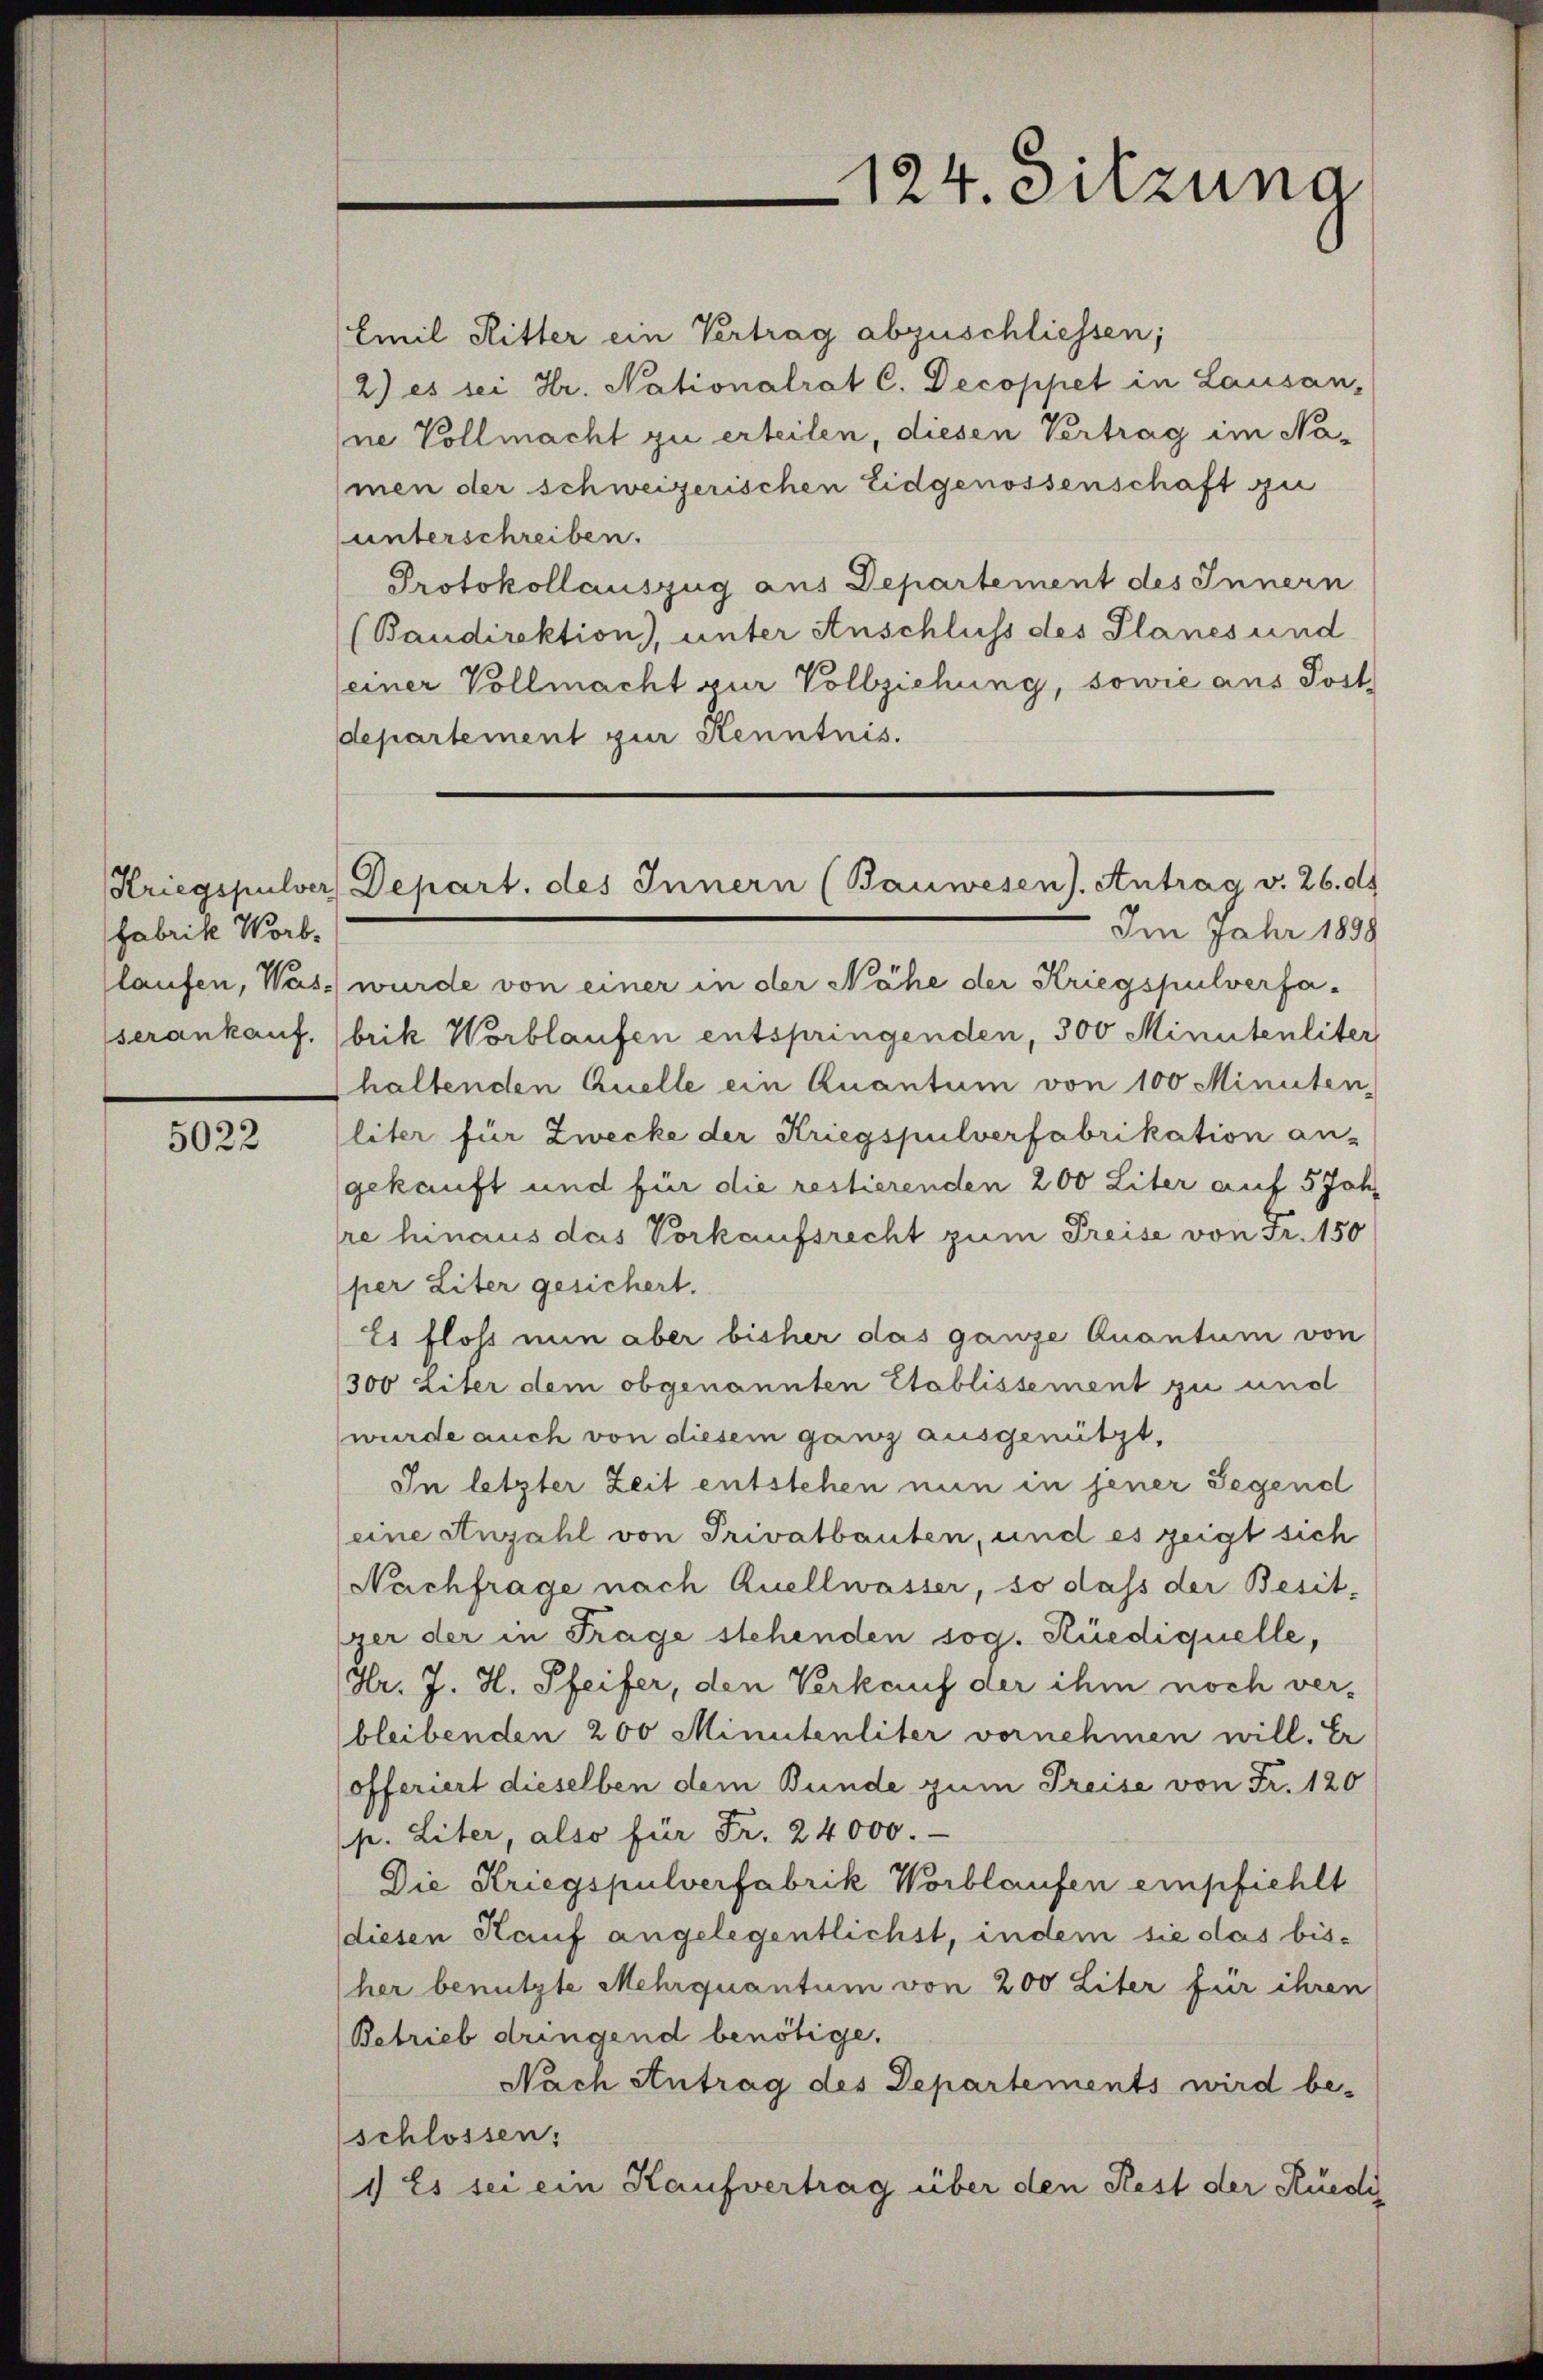
Fabrik Worb.

5022

Emil Ritter ein Vertrag abzuschliessen;
2) es sei Hr. Nationalrat C. Decoppet in Lausan-
ne Vollmacht zu erteilen, diesen Vertrag im Na-
men der schweizerischen Eidgenossenschaft zu
unterschreiben.
Protokollauszug aus Departement des Innern
(Baudirektion), unter Anschluss des Planes und
seiner Vollmacht zur Vollziehung, sowie aus Post
departement zur Kenntnis.
Im Jahr 1858
laufen, Was wurde von einer in der Nähe der Kriegspulverfa-
serankauf, (brik Worblaufen entspringenden, 300 Minutenliter
haltenden Quelle ein Quantum von 100 Minuten,
liter für Zwecke der Kriegspulverfabrikation an-
gekauft und für die restierenden 200 Liter auf 5 Jahr
re hinaus das Vorkaufsrecht zum Preise von Fr. 150
per Liter gesichert.
Es floss nun aber bisher das ganze Quantum von
1300 Liter dem obgenannten Etablissement zu und
wurde auch von diesem ganz ausgenützt,
In letzter Zeit entstehen nun in jener Segend
eine Anzahl von Privatbauten, und es zeigt sich
Nachfrage nach Quellwasser, so dass der Besit-
ger der in Trage stehenden sog. Küediquelle,
Hr. J. H. Pfeifer, den Verkauf der ihm noch verbleibenden 200 Minutenliter vornehmen will. Er
offeriert dieselben dem Bunde zum Preise von Fr. 120
p. Liter, also für Fr. 24000.
Die Kriegspulverfabrik Worblaufen empfiehlt
(diesen Kauf angelegentlichst, indem sie das bisher benutzte Mehrquantum von 200 Liter für ihren
Betrieb dringend benötige.
Nach Antrag des Departements wird be-
schlossen:
1) Es sei ein Kaufvertrag über den Rest der Rüedi

124. Sitzung

Kriegspulver Depart. des Innern (Bauwesen). Antrag v. 26. ds